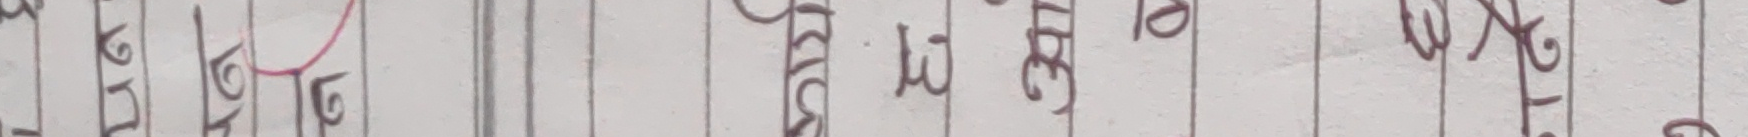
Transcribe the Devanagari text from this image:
मदिरमा यतेहई माथिलमा